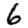
Digit: 6